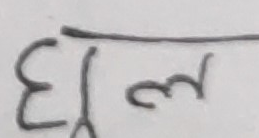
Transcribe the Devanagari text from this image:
घूल